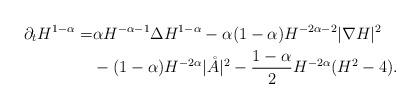
LaTeX: \begin{align*} \partial_tH^{1-\alpha}=& \alpha H^{-\alpha-1}\Delta H^{1-\alpha}-\alpha(1-\alpha)H^{-2\alpha-2}|\nabla H|^2\\ &-(1-\alpha)H^{-2\alpha}|\mathring{A}|^2-\frac{1-\alpha}2H^{-2\alpha}(H^2-4).\end{align*}